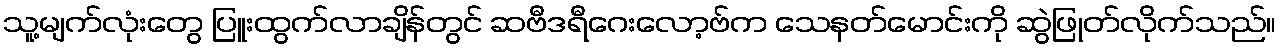
သူ့မျက်လုံးတွေ ပြူးထွက်လာချိန်တွင် ဆဗီဒရီဂေးလော့ဗ်က သေနတ်မောင်းကို ဆွဲဖြုတ်လိုက်သည်။